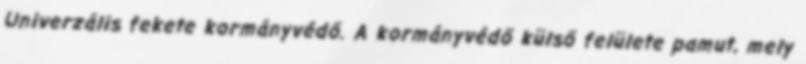
Univerzális fekete kormányvédő. A kormányvédő külső felülete pamut, mely